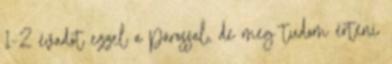
1-2 évadot ezzel a párossal, de meg tudom érteni